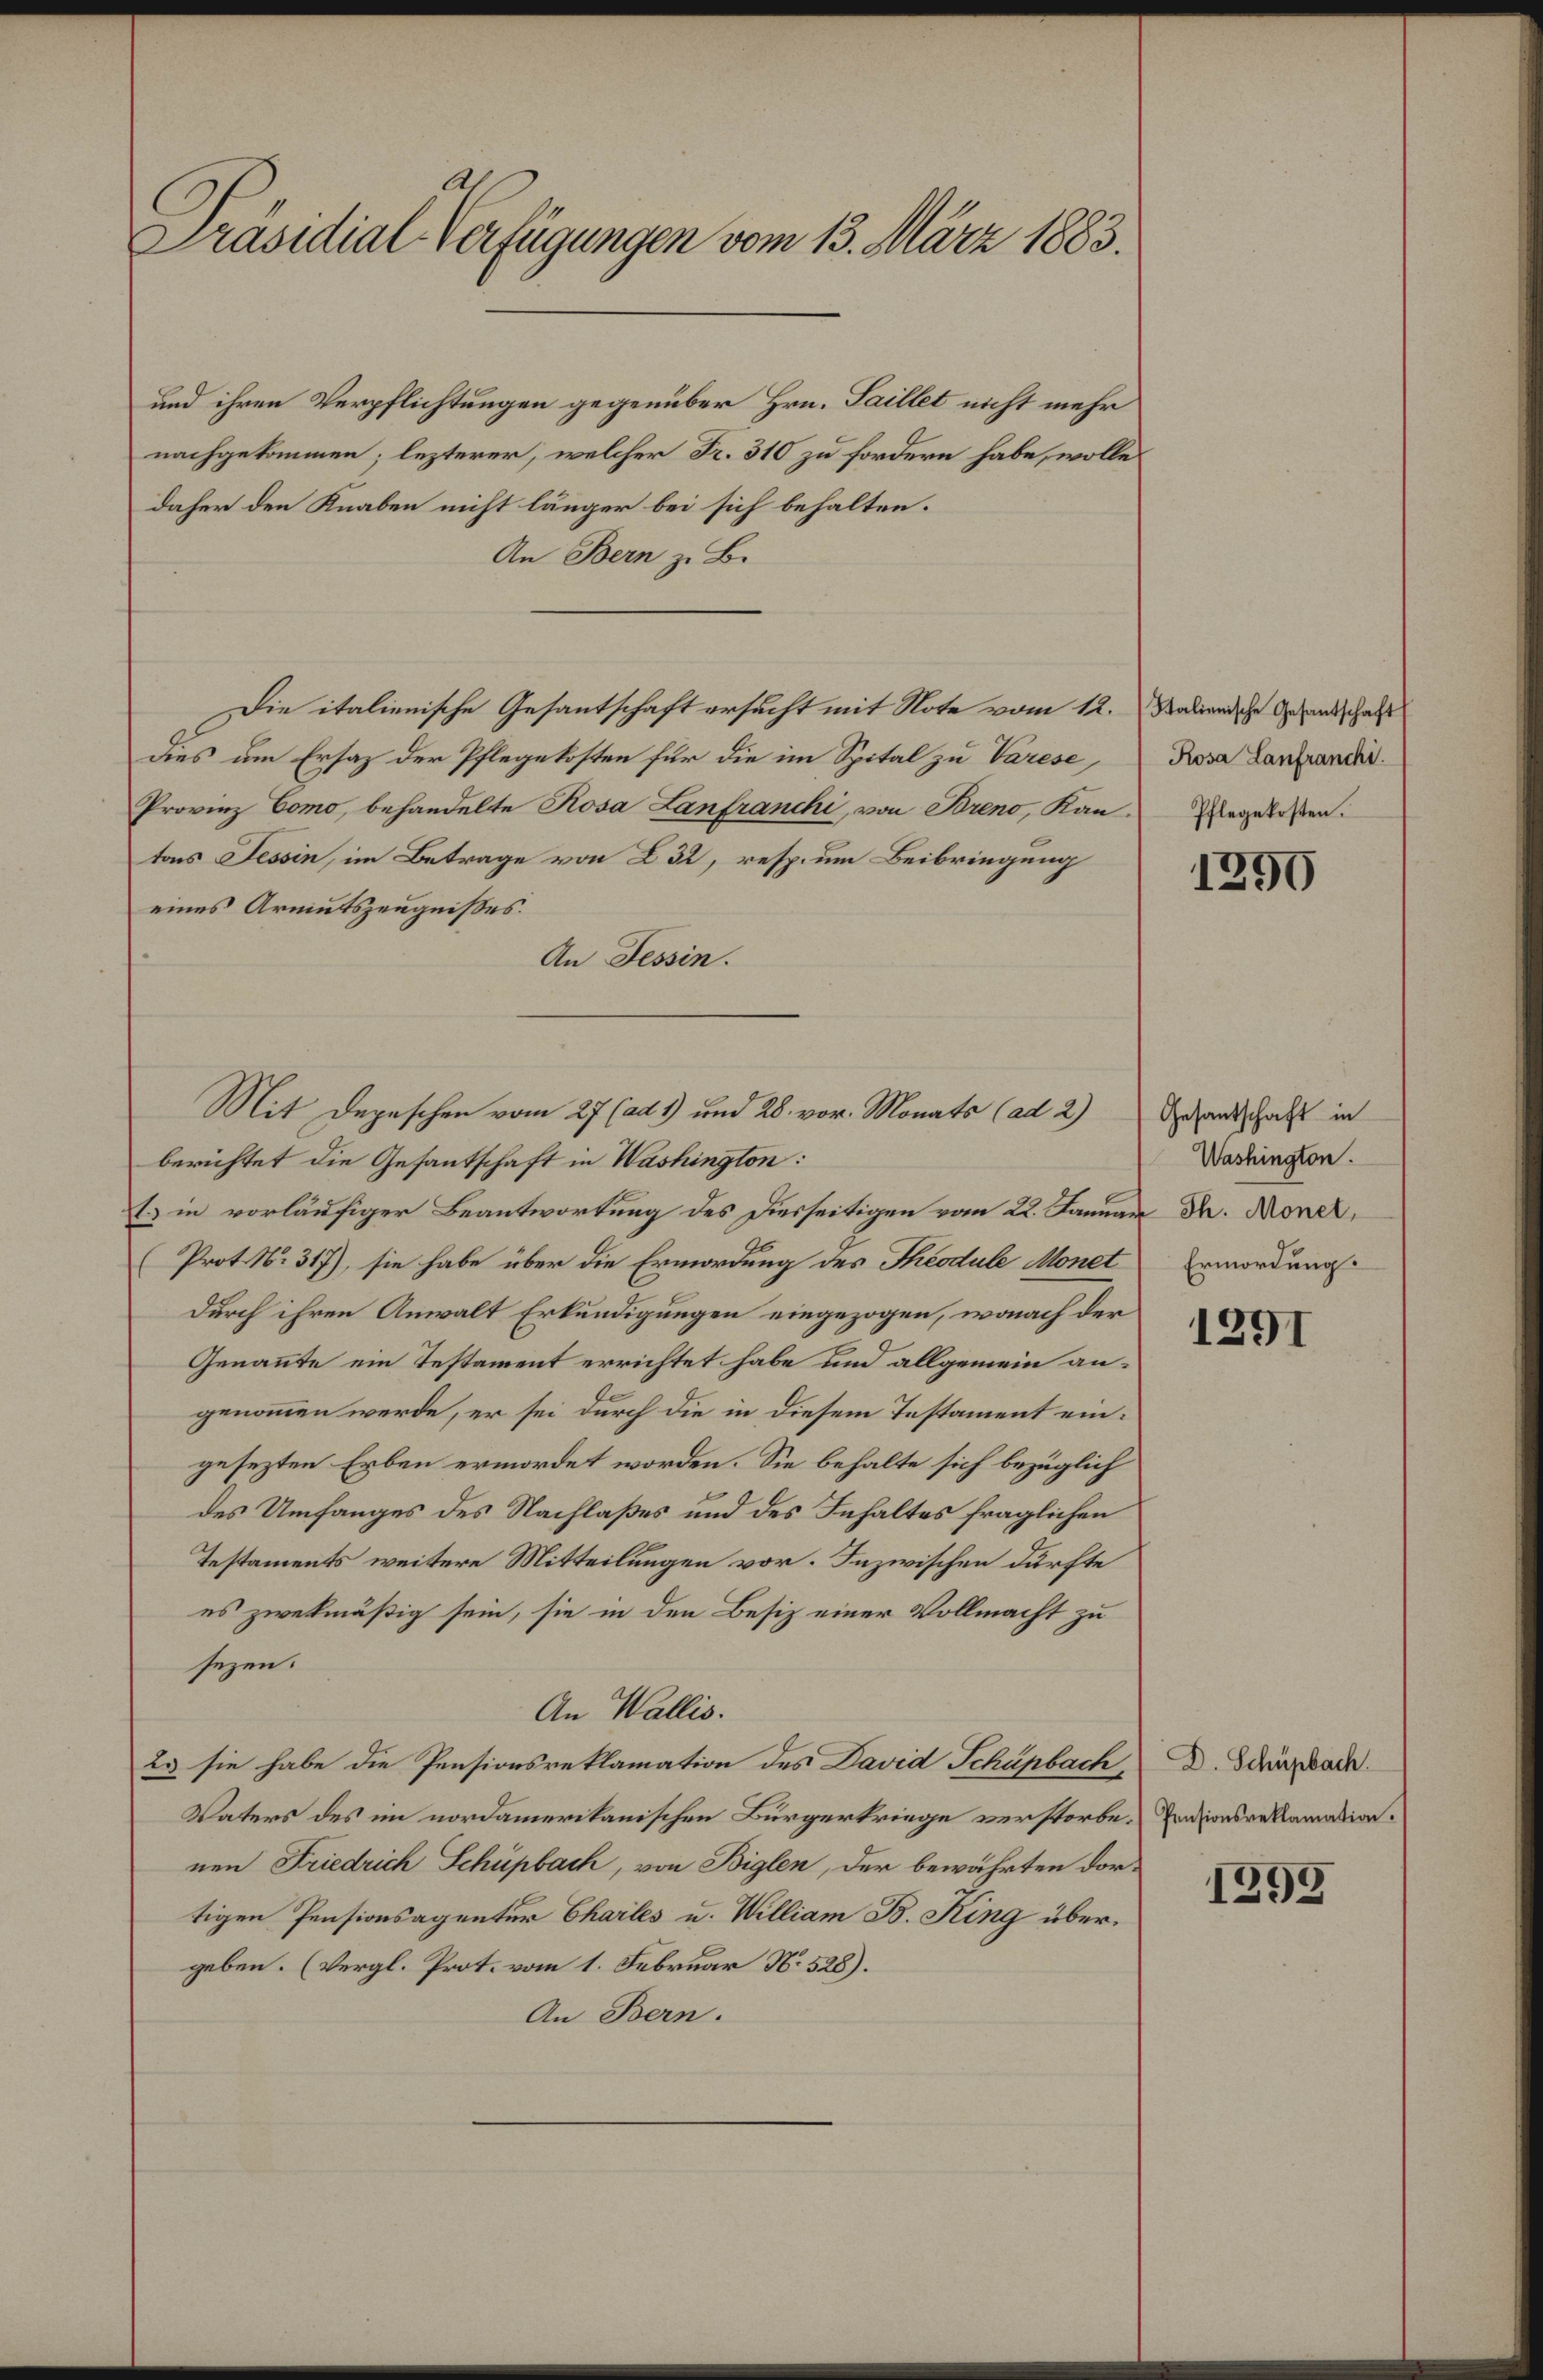
A.
Präsidial-Verfügungen vom 13. März 1883.

und ihren Verpflichtungen gegenüber Hrn. Saillet nicht mehr
nachgekommen; lezterer, welcher Fr. 310 zu fordern habe, wolle
daher den Knaben nicht länger bei sich behalten.
An Bern zu Be-
Die italienische Gesantschaft ersucht mit Note vom 12. Salienische Gesandschaft
Dies um Ersaz der Pflegekosten für die im Spital zu Varese,
Provinz Como, behandelte Rosa Lanfranchi, von Breno, Kantons Tessin, im Betrage von 232, resp. um Beibringung
eines Armutszeugnißes.
An Tessin.
berichtet die Gesantschaft in Washington:
1) in vorläufiger Beantwortung des Diesseitigen vom 22. Januar Dr. Moner,
Prot. N. 317), sie habe über die Ermordung des Theodule Monet
durch ihren Anwalt Erkundigungen eingezogen, wonach der
Genannte ein Testament errichtet habe und allgemein angenommen werde, er sei durch die in diesem Testament eingesezten Erben ermordet worden. Sie behalte sich bezüglich
des Umfanges des Nachlaßes und des Inhaltes fraglichen
Testaments weitere Mitteilungen vor. Inzwischen dürfte
es zwekmäßig sein, sie in den Besiz einer Vollmacht zu
sezen.
An Wallis.
2. sie habe die Pensionsreklamation des David Schüpbach,
Vaters des im nordamerikanischen Bürgerkriege verstorbe. Enzionsreklamation.
nen Friedrich Schüpbach, von Biglen, der bewährten dortigen Pensionsagentur Charles u. William B. King übergeben. (Vergl. Prot. vom 1. Februar N. 528).
An Bern.

Mit Depeschen vom 27 (ad 1) und 28. vor. Monats (ad 2)

Rosa Lanfranchi.
Pflegekosten.

1250

Gesantschaft in
Washington.
Ermordung.

1291

D. Schüpbach.

1295